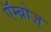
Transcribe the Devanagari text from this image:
एॅम्ब्रोज़्